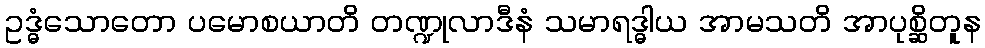
ဥဒ္ဓံသောတော ပမောစယာတိ တဏ္ဍုလာဒီနံ သမာရဒ္ဓါယ အာမသတိ အာပုစ္ဆိတူန